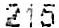
215